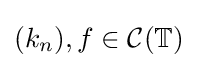
(k_{n}),f\in {\mathcal {C}}(\mathbb {T} )